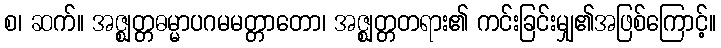
စ၊ ဆက်။ အဇ္ဈတ္တဓမ္မာပဂမမတ္တာတော၊ အဇ္ဈတ္တတရား၏ ကင်းခြင်းမျှ၏အဖြစ်ကြောင့်။